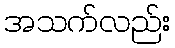
အသက်လည်း